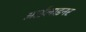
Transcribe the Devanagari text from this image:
आईलाइनर